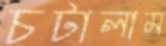
চটালাম